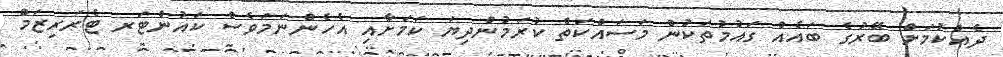
ދެއްކުމަށް ބޭރުގެ ބައެއް ގައުމުތަކުން މަސައްކަތް ކުރަމުންދިޔަ ކަމަށާއި އެހެންނަމަވެސް ކައުންޓަރ ޓެރަރިޒަމް